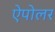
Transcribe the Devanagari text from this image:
ऐपोलर